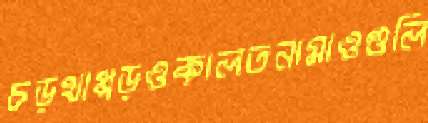
চড়থাপ্পড়ওকালতনামাওগুলি